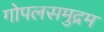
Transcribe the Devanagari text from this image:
गोपलसमुद्रम